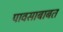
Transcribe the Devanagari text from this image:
पावसाबाबत